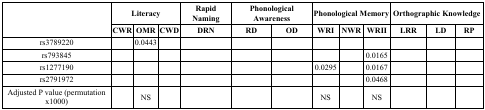
<table><thead><tr><td rowspan="2"></td><td colspan="3"><b>Literacy</b></td><td><b>Rapid Naming</b></td><td colspan="2"><b>Phonological Awareness</b></td><td colspan="3"><b>Phonological Memory</b></td><td colspan="3"><b>Orthographic Knowledge</b></td></tr><tr><td><b>CWR</b></td><td><b>OMR</b></td><td><b>CWD</b></td><td><b>DRN</b></td><td><b>RD</b></td><td><b>OD</b></td><td><b>WRI</b></td><td><b>NWR</b></td><td><b>WRII</b></td><td><b>LRR</b></td><td><b>LD</b></td><td><b>RP</b></td></tr></thead><tbody><tr><td>rs3789220</td><td></td><td>0.0443</td><td></td><td></td><td></td><td></td><td></td><td></td><td></td><td></td><td></td><td></td></tr><tr><td>rs793845</td><td></td><td></td><td></td><td></td><td></td><td></td><td></td><td></td><td>0.0165</td><td></td><td></td><td></td></tr><tr><td>rs1277190</td><td></td><td></td><td></td><td></td><td></td><td></td><td>0.0295</td><td></td><td>0.0167</td><td></td><td></td><td></td></tr><tr><td>rs2791972</td><td></td><td></td><td></td><td></td><td></td><td></td><td></td><td></td><td>0.0468</td><td></td><td></td><td></td></tr><tr><td>Adjusted P value (permutation x1000)</td><td></td><td>NS</td><td></td><td></td><td></td><td></td><td>NS</td><td></td><td>NS</td><td></td><td></td><td></td></tr></tbody></table>